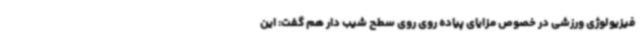
فیزیولوژی ورزشی در خصوص مزایای پیاده روی روی سطح شیب دار هم گفت: این